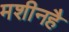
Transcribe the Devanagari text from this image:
मशीनहै